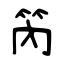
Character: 笍